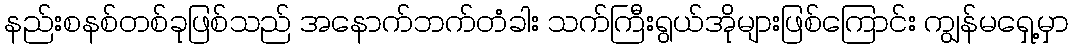
နည်းစနစ်တစ်ခုဖြစ်သည် အနောက်ဘက်တံခါး သက်ကြီးရွယ်အိုများဖြစ်ကြောင်း ကျွန်မရှေ့မှာ